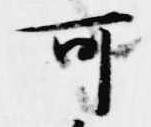
可